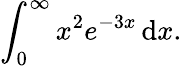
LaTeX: \int_{0}^{\infty}x^{2}e^{-3x}\, \mathrm{d}x.